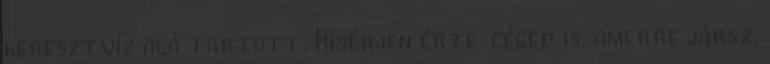
keresztvíz alá tartott. Kísérjen érte téged is, amerre jársz,